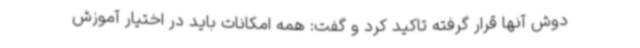
دوش آنها قرار گرفته تاکید کرد و گفت: همه امکانات باید در اختیار آموزش